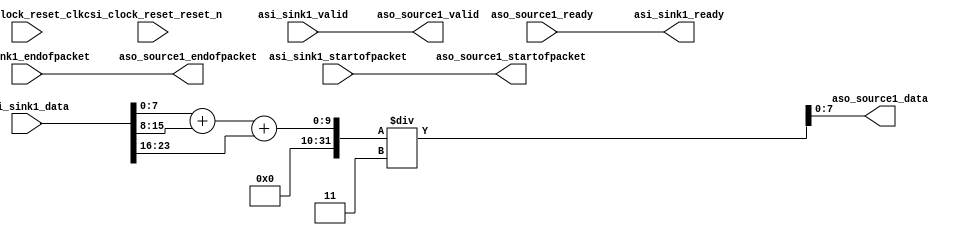
module Rgb2Gray_AvalonStreaming
(
    // clock and reset
    input wire csi_clock_reset_clk,
    input wire csi_clock_reset_reset_n,

    //sink
    input   wire    [23:0]  asi_sink1_data,
    input   wire            asi_sink1_startofpacket,
    input   wire            asi_sink1_endofpacket,
    input   wire            asi_sink1_valid,
    output  wire            asi_sink1_ready,

    // source
    input   wire            aso_source1_ready,
    output  wire    [7:0]   aso_source1_data,
    output  wire            aso_source1_startofpacket,
    output  wire            aso_source1_endofpacket,
    output  wire            aso_source1_valid
);

    wire [7:0] Red_r, Green_r, Blue_r;
    assign Red_r = asi_sink1_data[7:0];
    assign Green_r = asi_sink1_data[15:8];
    assign Blue_r = asi_sink1_data[23:16];
    assign aso_source1_data = (Red_r + Green_r + Blue_r) / 3;

    assign asi_sink1_ready = aso_source1_ready;
    assign aso_source1_startofpacket = asi_sink1_startofpacket;
    assign aso_source1_endofpacket = asi_sink1_endofpacket;
    assign aso_source1_valid = asi_sink1_valid;

endmodule